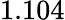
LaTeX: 1.104